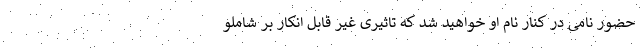
حضور نامی در کنار نام او خواهید شد که تاثیری غیر قابل انکار بر شاملو